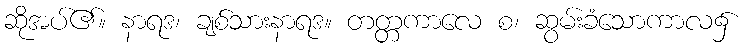
ဆိုအပ်၏။ နာရဒ၊ ချစ်သားနာရဒ။ တတ္တကာလေ စ၊ ဆွမ်းခံသောကာလ၌